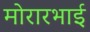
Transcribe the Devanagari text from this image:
मोरारभाई